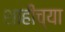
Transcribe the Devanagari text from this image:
शाहीच्या